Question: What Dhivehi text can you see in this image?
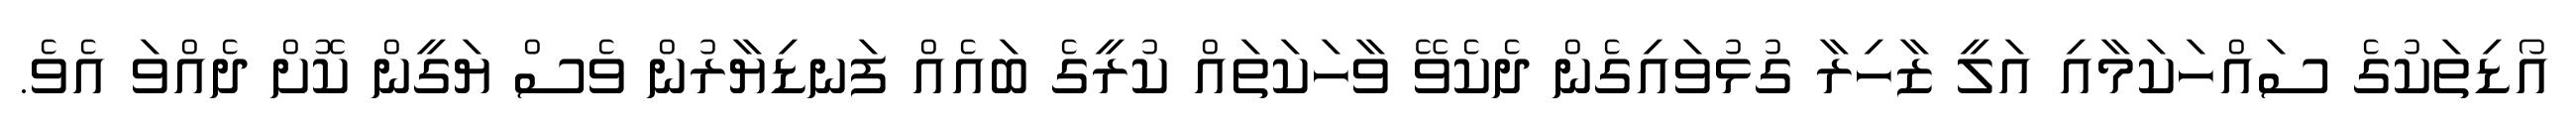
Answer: އޯޑިތަކުގެ ސައްހަކަމާއި އަލީ ޒާހިރާ ގުޅުވައިގެން ދެކެވޭ ވާހަކަތައް ކުރީގެ ބައެއް ފަނޑިޔާރުން ވެސް ޔަގީން ކޮށް ދެއްވަ އެވެ.